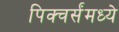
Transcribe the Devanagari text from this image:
पिक्चर्संमध्ये